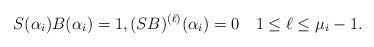
LaTeX: \begin{align*}S(\alpha_i)B(\alpha_i)=1, (SB)^{(\ell)}(\alpha_i)=0\quad1\le\ell\le\mu_i-1.\end{align*}